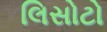
લિસોટો